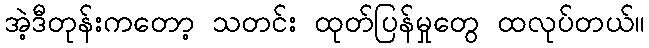
အဲ့ဒီတုန်းကတော့ သတင်း ထုတ်ပြန်မှုတွေ ထလုပ်တယ်။